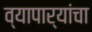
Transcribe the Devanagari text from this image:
व्यापार्यांचा